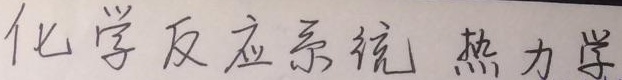
化学反应系统 热力学